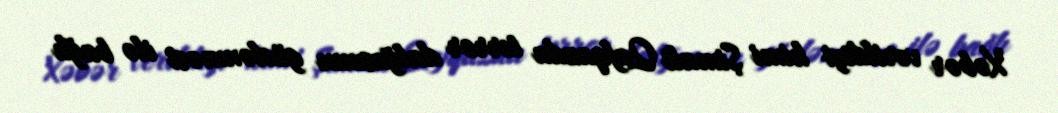
Xəbər verildiyi kimi Şimali Qafqazda terror dalğasının güclənməsi ilə bağlı